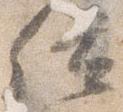
位